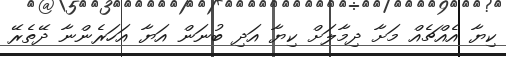
ކިޔާ އެއްޗެއް މަށާ ދިމާލަށް ކިޔާ އަދި ބުނަން އަޔާ އަހަރެންނާ ދޭތެރޭ